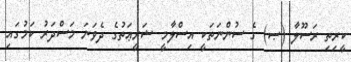
ކީރިތި ރަސޫލާ (ޞ) ގެ ސުންނަތަކީ އިސްލާމީ ޝަރީޢަތުގެ ދެވަނަ މަސްދަރު ކަމުގައި